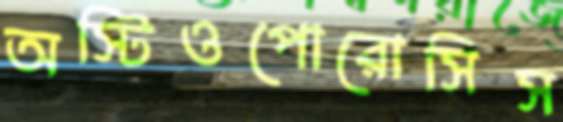
অস্টিওপোরোসিস